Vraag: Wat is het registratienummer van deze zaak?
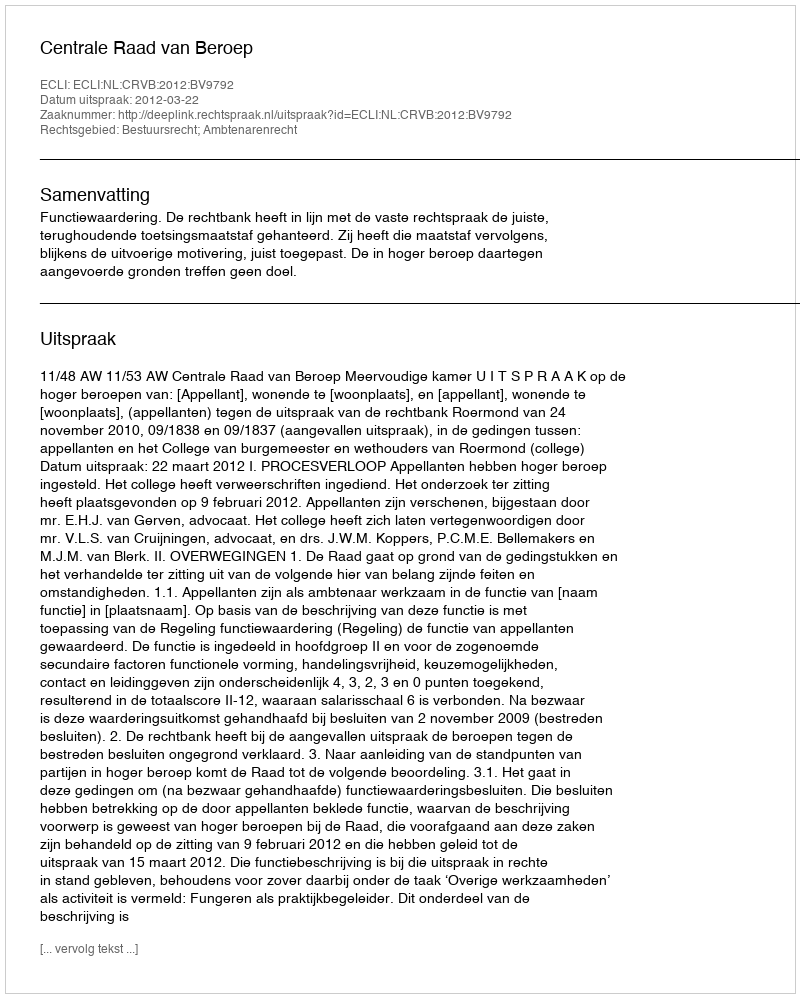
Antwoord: http://deeplink.rechtspraak.nl/uitspraak?id=ECLI:NL:CRVB:2012:BV9792